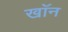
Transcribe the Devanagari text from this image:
खाॅन